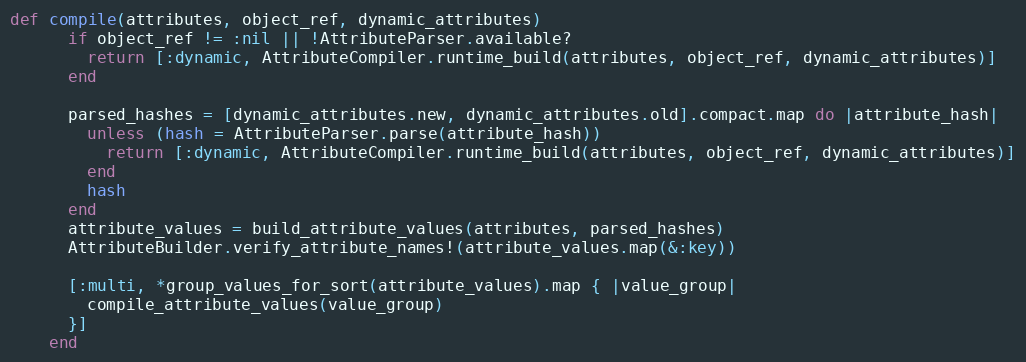
Language: Ruby
def compile(attributes, object_ref, dynamic_attributes)
      if object_ref != :nil || !AttributeParser.available?
        return [:dynamic, AttributeCompiler.runtime_build(attributes, object_ref, dynamic_attributes)]
      end

      parsed_hashes = [dynamic_attributes.new, dynamic_attributes.old].compact.map do |attribute_hash|
        unless (hash = AttributeParser.parse(attribute_hash))
          return [:dynamic, AttributeCompiler.runtime_build(attributes, object_ref, dynamic_attributes)]
        end
        hash
      end
      attribute_values = build_attribute_values(attributes, parsed_hashes)
      AttributeBuilder.verify_attribute_names!(attribute_values.map(&:key))

      [:multi, *group_values_for_sort(attribute_values).map { |value_group|
        compile_attribute_values(value_group)
      }]
    end